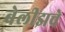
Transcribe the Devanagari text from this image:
बेलीझचे